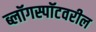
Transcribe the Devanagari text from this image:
ब्लॉगस्पॉटवरील